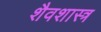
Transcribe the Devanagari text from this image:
शैवशास्त्र